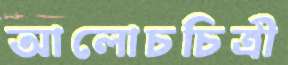
আলোচচিত্রী